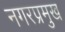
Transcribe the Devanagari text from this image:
नगरप्रमुख